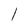
Character: l